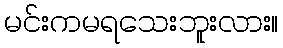
မင်းကမရသေးဘူးလား။